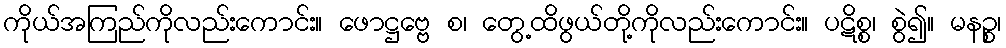
ကိုယ်အကြည်ကိုလည်းကောင်း။ ဖောဋ္ဌဗ္ဗေ စ၊ တွေ့ထိဖွယ်တို့ကိုလည်းကောင်း။ ပဋိစ္စ၊ စွဲ၍။ မနဉ္စ၊